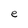
Character: e